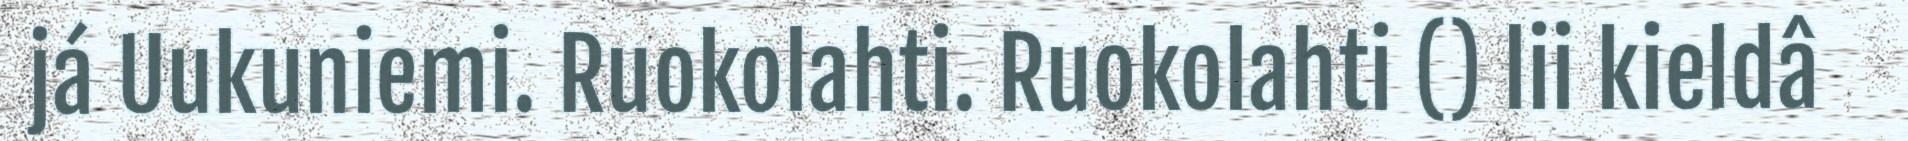
já Uukuniemi. Ruokolahti. Ruokolahti () lii kieldâ